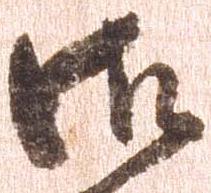
御